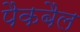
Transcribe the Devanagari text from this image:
पैकबैल